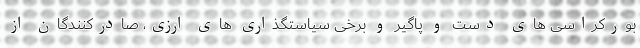
بورکراسی های دست و پاگیر و برخی سیاستگذاری های ارزی، صادرکنندگان از